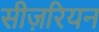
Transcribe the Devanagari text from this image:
सीज़रियन